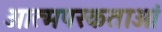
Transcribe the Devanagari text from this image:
आत्मपरकताओं